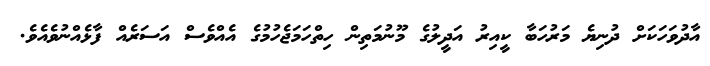
އާދުވަހަކަށް ދުނިޔެ މަރުހަބާ ކީއިރު އަދީލުގެ މޫނުމަތިން ހިތްހަމަޖެހުމުގެ އެއްވެސް އަސަރެއް ފާޅެއްނުވެއެވެ.